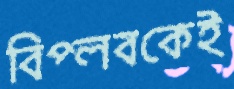
বিপ্লবকেই